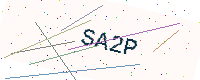
Text: SA2P